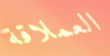
العملاقة